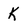
Character: K